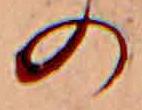
の